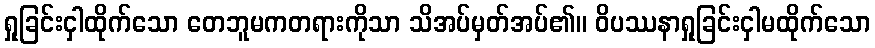
ရှုခြင်းငှါထိုက်သော တေဘူမကတရားကိုသာ သိအပ်မှတ်အပ်၏။ ဝိပဿနာရှုခြင်းငှါမထိုက်သော